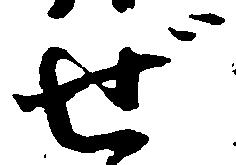
ぜ